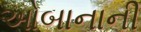
ઓબાનાની